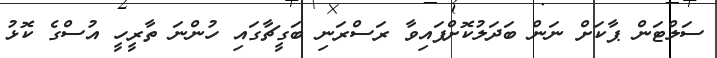
ސަލްޓަން ޕާކަށް ނަން ބަދަލުކޮށްފައިވާ ރަސްރަނި ބަގީޗާގައި ހުންނަ ތާރީހީ އުސްގެ ކޮޅު